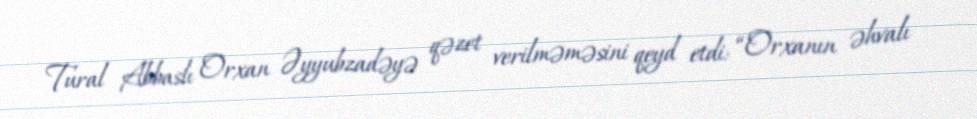
Tural Abbaslı Orxan Əyyubzadəyə qəzet verilməməsini qeyd etdi: “Orxanın əhvalı